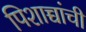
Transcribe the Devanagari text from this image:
पिशाच्चांची